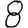
Digit: 8